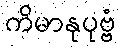
ကိမာနုပုဗ္ဗံ